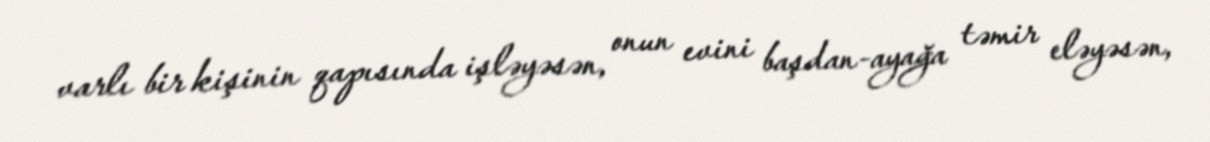
varlı bir kişinin qapısında işləyəsən, onun evini başdan-ayağa təmir eləyəsən,